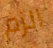
الزم